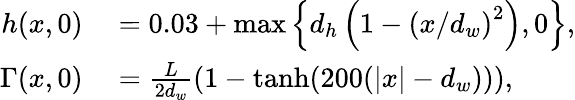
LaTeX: \begin{array}{rl}{h(x,0)}&{{}=0.03+\operatorname*{max}\left\{ d_{h}\left(1-\left({x}/{d_{w}}\right)^{2}\right),0\right\} ,}\\ {\Gamma(x,0)}&{{}=\frac{L}{2d_{w}}\left(1-\operatorname{tanh}(200(|x|-d_{w}))\right),}\end{array}